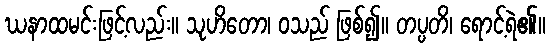
ဃနာထမင်းဖြင့်လည်း။ သုဟိတော၊ ဝသည် ဖြစ်၍။ တပ္ပတိ၊ ရောင့်ရဲ၏။